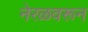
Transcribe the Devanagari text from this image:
नेरळवरून